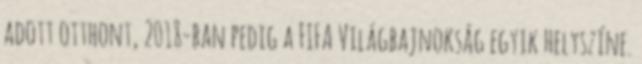
adott otthont, 2018-ban pedig a FIFA Világbajnokság egyik helyszíne.